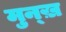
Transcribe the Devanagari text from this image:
मुन्ख़